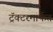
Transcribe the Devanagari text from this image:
ट्रॅक्टरमार्फत